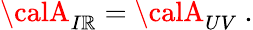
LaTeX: {\calA}_{I\mathbb{R}}={\calA}_{UV}\ .